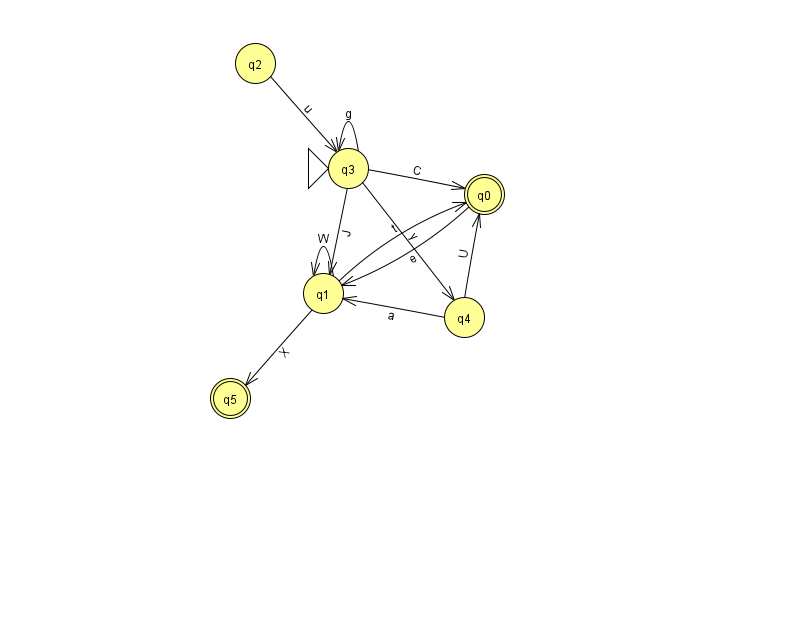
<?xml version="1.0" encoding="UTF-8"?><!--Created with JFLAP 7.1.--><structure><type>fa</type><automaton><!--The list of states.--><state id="0" name="q0"><x>484.0</x><y>181.0</y><final/></state><state id="1" name="q1"><x>323.0</x><y>280.0</y></state><state id="2" name="q2"><x>255.0</x><y>50.0</y></state><state id="3" name="q3"><x>348.0</x><y>155.0</y><initial/></state><state id="4" name="q4"><x>464.0</x><y>304.0</y></state><state id="5" name="q5"><x>230.0</x><y>385.0</y><final/></state><!--The list of transitions.--><transition><from>4</from><to>1</to><read>a</read></transition><transition><from>2</from><to>3</to><read>u</read></transition><transition><from>1</from><to>5</to><read>X</read></transition><transition><from>1</from><to>1</to><read>W</read></transition><transition><from>3</from><to>3</to><read>g</read></transition><transition><from>1</from><to>0</to><read>t</read></transition><transition><from>0</from><to>1</to><read>e</read></transition><transition><from>3</from><to>1</to><read>J</read></transition><transition><from>3</from><to>4</to><read>y</read></transition><transition><from>4</from><to>0</to><read>U</read></transition><transition><from>3</from><to>0</to><read>C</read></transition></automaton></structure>